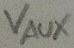
Text: VAUX